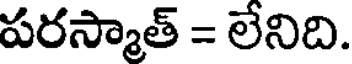
పరస్మాత్ = లేనిది.